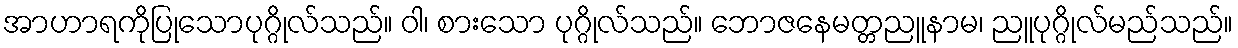
အာဟာရကိုပြုသောပုဂ္ဂိုလ်သည်။ ဝါ၊ စားသော ပုဂ္ဂိုလ်သည်။ ဘောဇနေမတ္တညူနာမ၊ ညူပုဂ္ဂိုလ်မည်သည်။